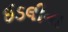
ઈડલીના